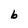
Character: b